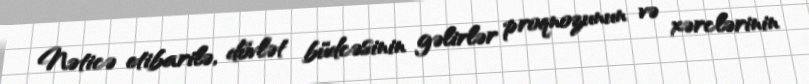
Nəticə etibarilə, dövlət büdcəsinin gəlirlər proqnozunun və xərclərinin